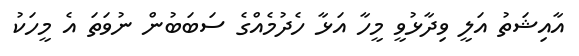
އާއިޝަތު އަލީ ވިދާޅުވީ މީހާ އަޅާ ހެދުމެއްގެ ސަބަބުން ނުވަތަ އެ މީހަކު